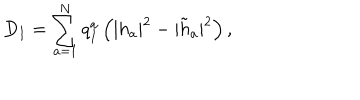
D _ { I } = \sum _ { a = 1 } ^ { N } q _ { I } ^ { a } \left( | h _ { a } | ^ { 2 } - | \tilde { h } _ { a } | ^ { 2 } \right) ,